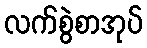
လက်စွဲစာအုပ်